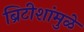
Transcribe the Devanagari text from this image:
ब्रिटीशांमुळे